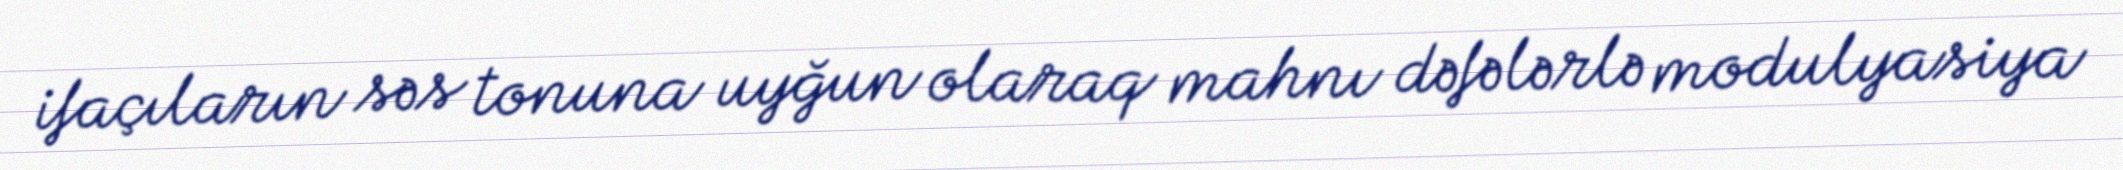
ifaçıların səs tonuna uyğun olaraq mahnı dəfələrlə modulyasiya